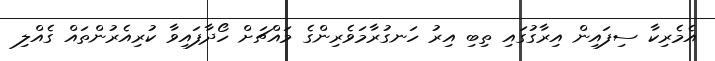
އެމެރިކާ ސިފައިން އިރާގުގައި ތިބި އިރު ހަނގުރާމަވެރިންގެ މައްޗަށް ހޯދާފައިވާ ކުރިއެރުންތައް ގެއްލި